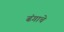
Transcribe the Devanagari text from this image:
ढंगाचे